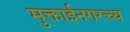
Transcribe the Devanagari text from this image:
मुक्ताईनगरच्य